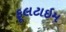
ફૂલટાઇમ